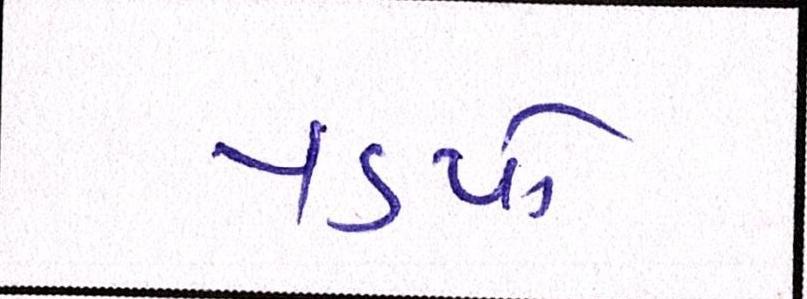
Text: પડયો